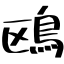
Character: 鴎